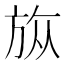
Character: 𣃨